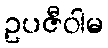
ဥပဇီဝါမ